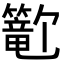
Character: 𬕺